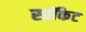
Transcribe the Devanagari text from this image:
स्प्रॉकेट